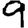
Digit: 9